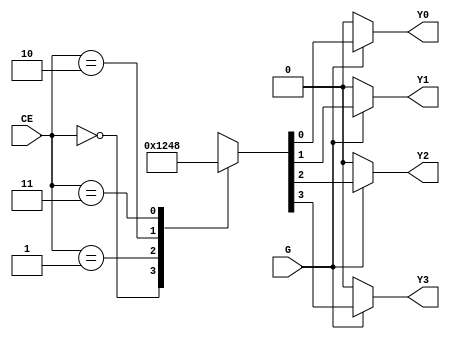
module dec24( CE, G, Y3, Y2, Y1, Y0  );
input [1:0] CE;
input G;
output Y3, Y2, Y1, Y0;

reg Y3, Y2, Y1, Y0;

always @*
	if (G)
		case ( CE )
			0: {Y3, Y2, Y1, Y0} = 4'b0001;
			1: {Y3, Y2, Y1, Y0} = 4'b0010;
			2: {Y3, Y2, Y1, Y0} = 4'b0100;
			3: {Y3, Y2, Y1, Y0} = 4'b1000;
		endcase
	else
		{Y3, Y2, Y1, Y0} = 4'b0000;

endmodule